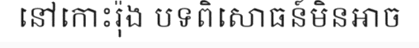
នៅកោះរ៉ុង បទពិសោធន៍មិនអាច